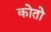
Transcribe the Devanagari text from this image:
कोतो